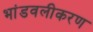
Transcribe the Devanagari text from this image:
भांडवलीकरण